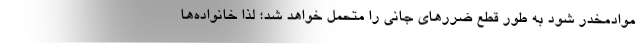
موادمخدر شود به طور قطع ضررهای جانی را متحمل خواهد شد؛ لذا خانواده‌ها